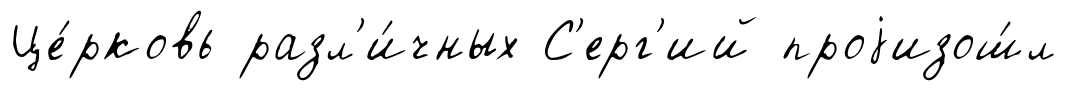
Це́рковь разл'и́чных С'ерг'ий проjизош́л